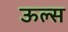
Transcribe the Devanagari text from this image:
ऊल्स